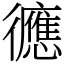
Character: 㣹